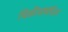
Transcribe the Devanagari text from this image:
विक्रीसंबंधित